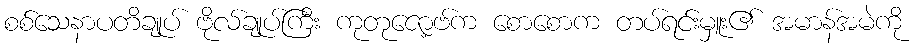
စစ်သေနာပတိချုပ် ဗိုလ်ချုပ်ကြီး ကုတုဇော့ဗ်က စောစောက တပ်ရင်းမှူး၏ အမာန်အမဲကို